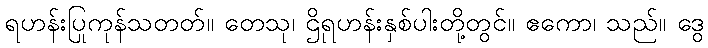
ရဟန်းပြုကုန်သတတ်။ တေသု၊ ဌိုရဟန်းနှစ်ပါးတို့တွင်။ ဧကော၊ သည်။ ဒွေ